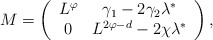
\begin{align*}M=\left(\begin{array}{cc}L^{\varphi} & \gamma_1-2\gamma_2\lambda^* \\0 & L^{2\varphi-d}-2\chi\lambda^*\end{array}\right),\end{align*}